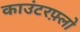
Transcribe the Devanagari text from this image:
काउंटरफ़्लो